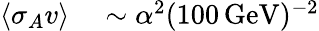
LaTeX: \begin{array}{rl}{\langle\sigma_{A}v\rangle}&{{}\sim\alpha^{2}(100\, \mathrm{GeV})^{-2}}\end{array}